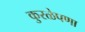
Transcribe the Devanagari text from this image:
कुरळेपणा